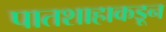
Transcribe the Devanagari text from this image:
पातशाहाकडून